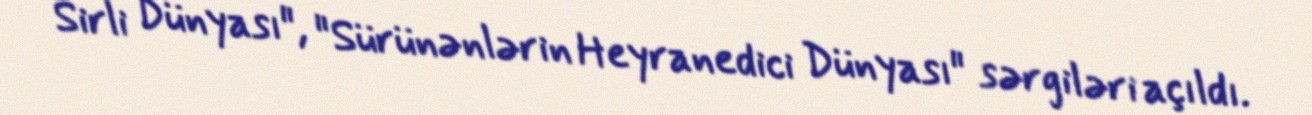
Sirli Dünyası", "Sürünənlərin Heyranedici Dünyası" sərgiləri açıldı.